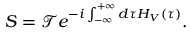
S = { \mathcal { T } } e ^ { - i \int _ { - \infty } ^ { + \infty } d \tau H _ { V } ( \tau ) } .